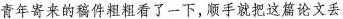
青年寄来的稿件粗粗看了一下，顺手就把这篇论文丢